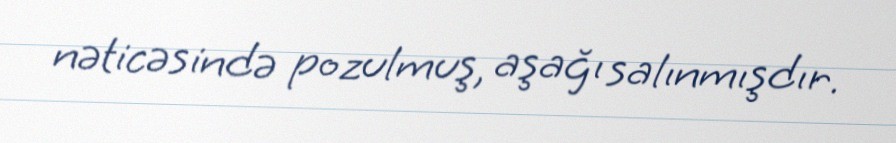
nəticəsində pozulmuş, aşağı salınmışdır.